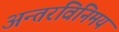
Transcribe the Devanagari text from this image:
अन्तरविनिमय